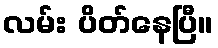
လမ်း ပိတ်နေပြီ။